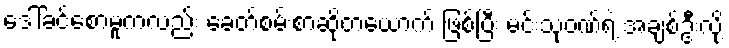
ဒေါ်ခင်စောမူကလည်း ခေတ်စမ်းစာဆိုတယောက် ဖြစ်ပြီး မင်းသုဝဏ်ရဲ့ အချစ်ဦးလို့